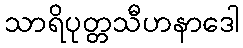
သာရိပုတ္တသီဟနာဒေါ